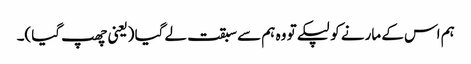
ہم اس کے مارنے کو لپکے تو وہ ہم سے سبقت لے گیا (یعنی چھپ گیا)۔